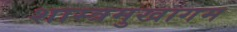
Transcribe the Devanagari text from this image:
शास्त्रमुखागम